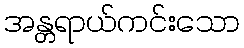
အန္တရာယ်ကင်းသော